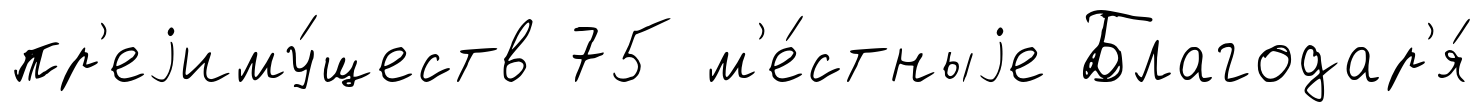
пр'еjиму́ществ 75 м'е́стныjе Благодар'я́